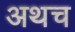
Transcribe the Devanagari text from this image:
अथच